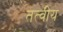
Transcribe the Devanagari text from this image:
तत्‍वीय